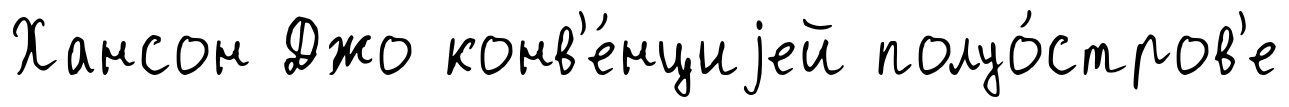
Хансон Джо конв'е́нциjей полуо́стров'е